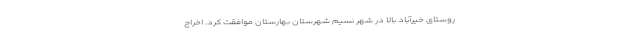
روستای خیرآباد بالا در شهر نسیم شهرستان بهارستان موافقت کرد. اخراج